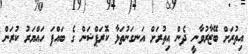
އިތުރަށް ބޭޒާރުވާނީ ދެން އިތުރަށް އަނގަނުތަޅާ ކޮރަޕްޝަން ގެ ބައްޕަ ހައްޔަރު ކުރަން